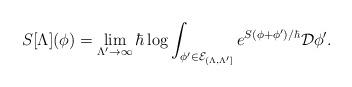
LaTeX: \begin{align*} S[\Lambda](\phi) = \lim_{\Lambda' \to \infty}\hbar \log \int_{\phi' \in \mathcal{E}_{(\Lambda, \Lambda']}} e^{S(\phi + \phi')/\hbar} \mathcal{D} \phi'.\end{align*}